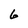
Character: 6